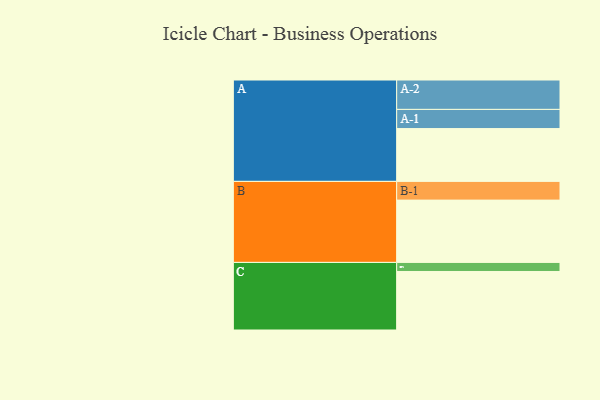
{"axis": {"x": "Segment", "y": "Value"}, "legend": ["", "A", "B", "C"], "data": [{"x": "A", "y": 361, "type": ""}, {"x": "B", "y": 426, "type": ""}, {"x": "C", "y": 400, "type": ""}, {"x": "A-1", "y": 131, "type": "A"}, {"x": "A-2", "y": 201, "type": "A"}, {"x": "B-1", "y": 128, "type": "B"}, {"x": "C-1", "y": 62, "type": "C"}]}